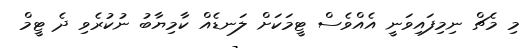
މި މެޗް ނިމިފައިވަނީ އެއްވެސް ޓީމަކަށް ލަނޑެއް ކާމިޔާބު ނުކުރެވި ދެ ޓީމް